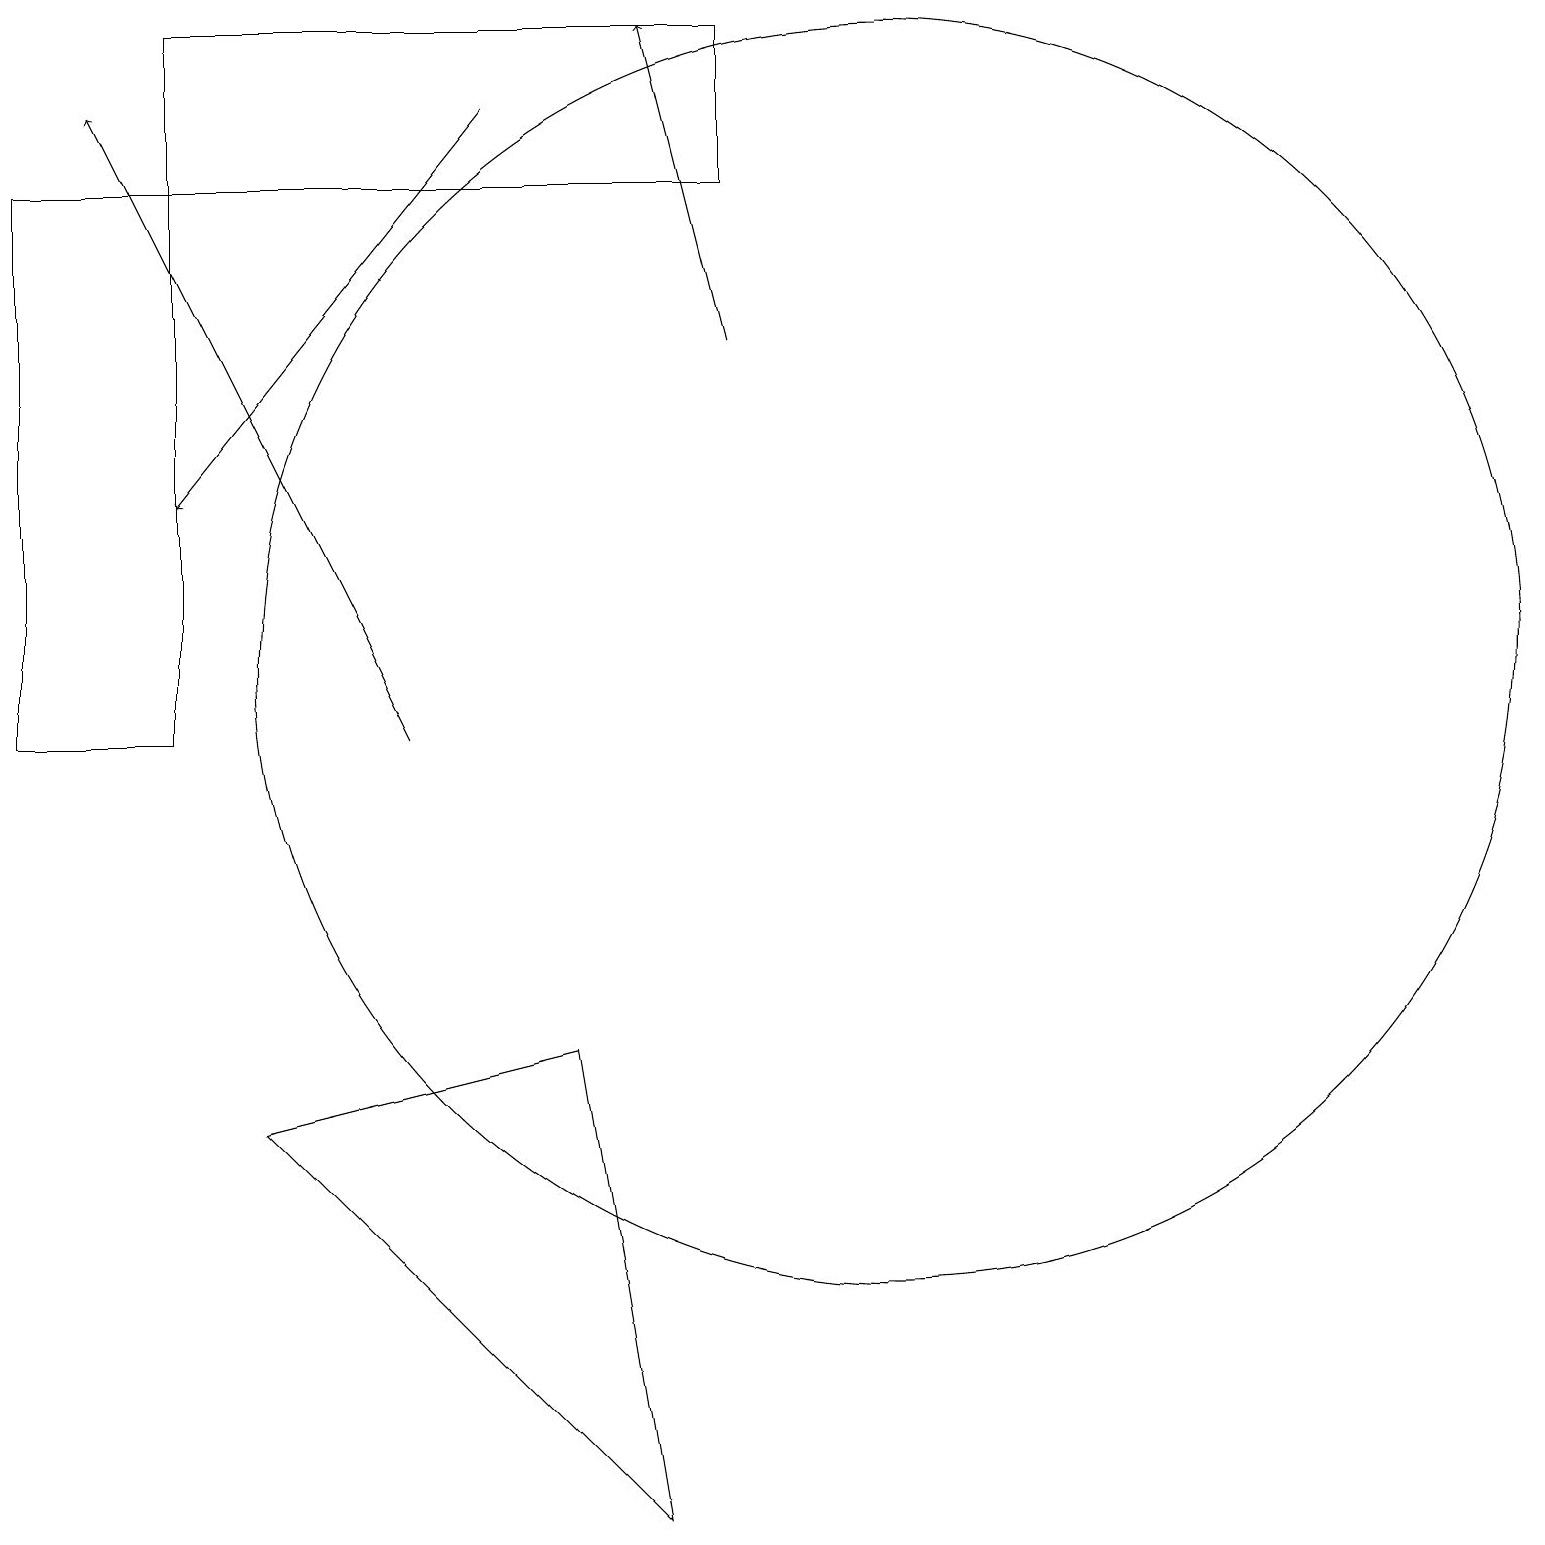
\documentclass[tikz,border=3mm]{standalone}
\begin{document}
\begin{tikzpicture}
\draw[->] (5,10) -- (1,18);
\draw[->] (6,18) -- (2,13);
\draw (8,0) -- (7,6) -- (3,5) -- cycle;
\draw (2,17) rectangle (0,10);
\draw (9,19) rectangle (2,17);
\draw (11,11) circle (8);
\draw[->] (9,15) -- (8,19);
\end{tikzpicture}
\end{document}